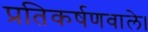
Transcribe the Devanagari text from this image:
प्रतिकर्षणवाले।